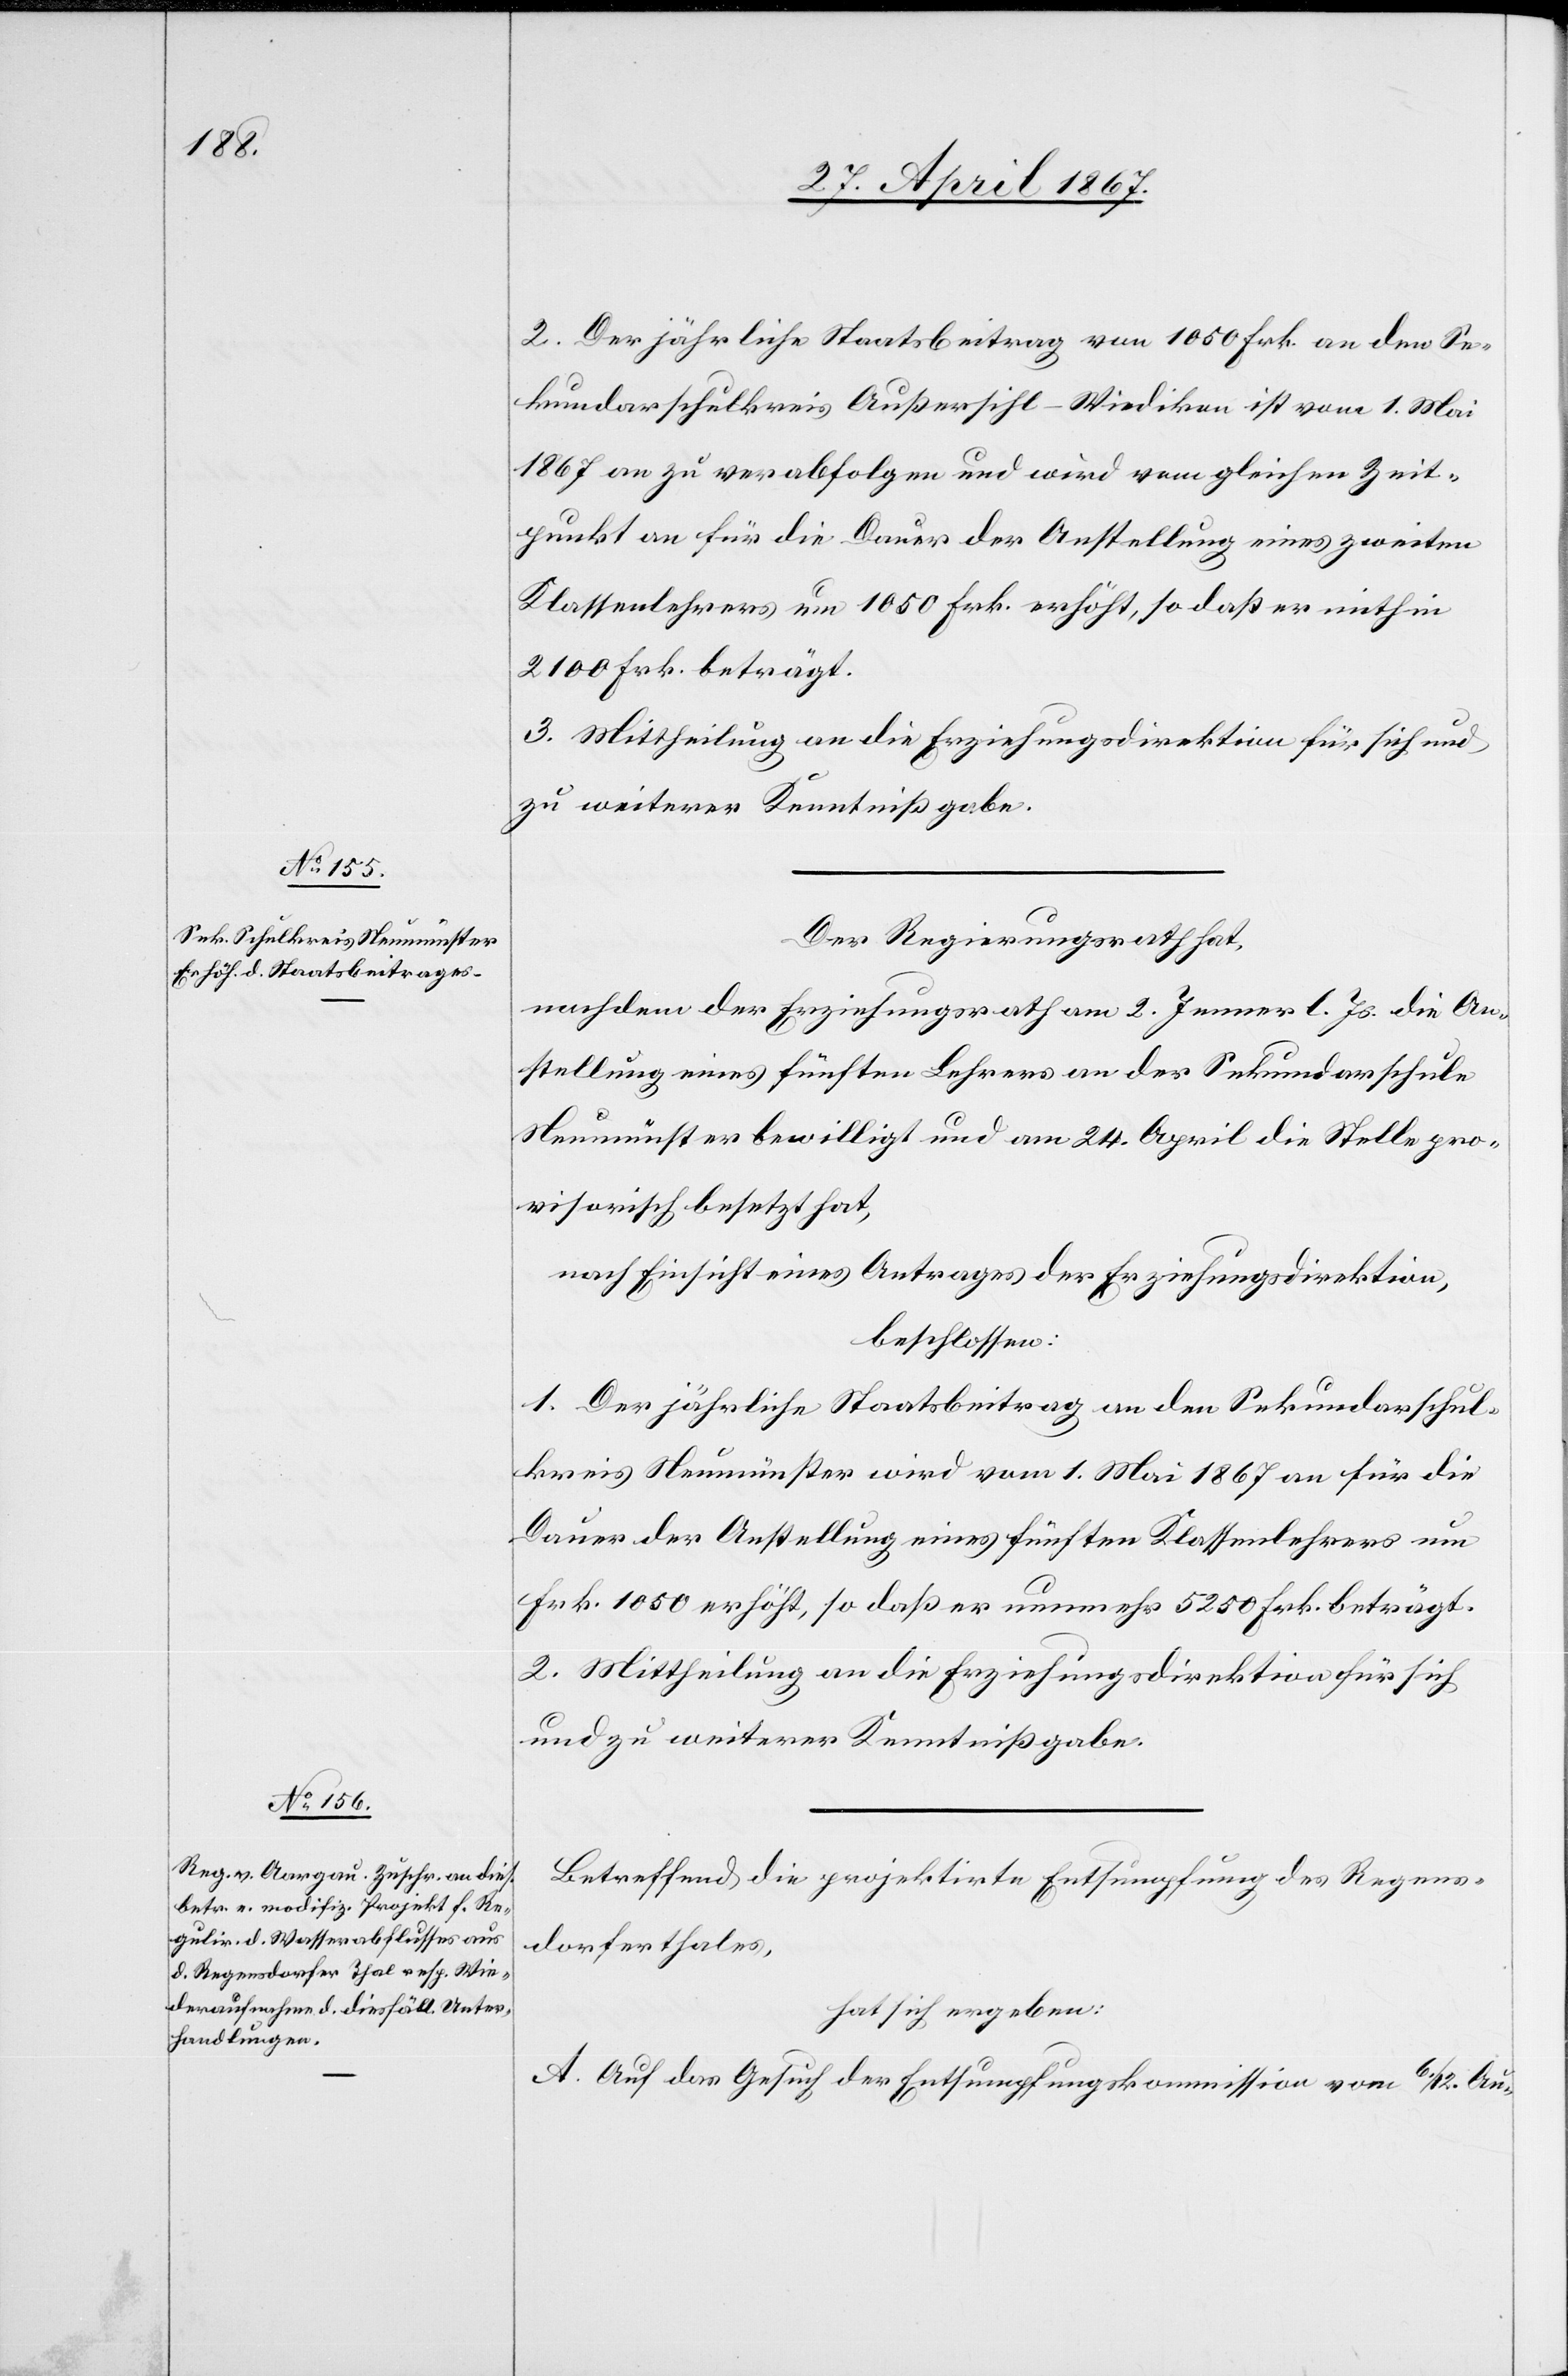
2. Der jährliche Staatsbeitrag von 1050 Frk. an den Se¬
kundarschulkreis Außersihl-Wiedikon ist vom 1. Mai
1867 an zu verabfolgen und wird vom gleichen Zeit¬
punkt an für die Dauer der Anstellung eines zweiten
Klassenlehrers um 1050 Frk. erhöht, so daß er mithin
2100 Frk. beträgt.
3. Mittheilung an die Erziehungsdirektion für sich und
zu weiterer Kenntnißgabe.
Der Regierungsrath hat
nachdem der Erziehungsrath am 2. Jenner l. Js. die An¬
stellung eines fünften Lehrers an der Sekundarschule
Neumünster bewilligt und am 24. April die Stelle pro¬
visorisch besetzt hat,
nach Einsicht eines Antrages der Erziehungsdirektion,
beschlossen:
1. Der jährliche Staatsbeitrag an den Sekundarschul¬
kreis Neumünster wird vom 1. Mai 1867 an für die
Dauer der Anstellung eines fünften Klassenlehrers um
Frk. 1050 erhöht, so daß er nunmehr 5250 Frk. beträgt.
2. Mittheilung an die Erziehungsdirektion für sich
und zu weiterer Kenntnißgabe.
Betreffend die projektirte Entsumpfung des Regens¬
dorferthales,
hat sich ergeben:
A. Auf das Gesuch der Entsumpfungskommission vom 6. / 12. Au-